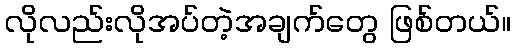
လိုလည်းလိုအပ်တဲ့အချက်တွေ ဖြစ်တယ်။